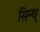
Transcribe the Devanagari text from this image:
सिन्घ्